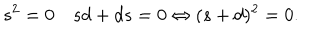
s ^ { 2 } = 0 \quad s d + d s = 0 \Leftrightarrow ( s + d ) ^ { 2 } = 0 .